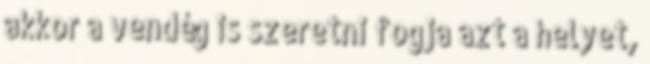
akkor a vendég is szeretni fogja azt a helyet,